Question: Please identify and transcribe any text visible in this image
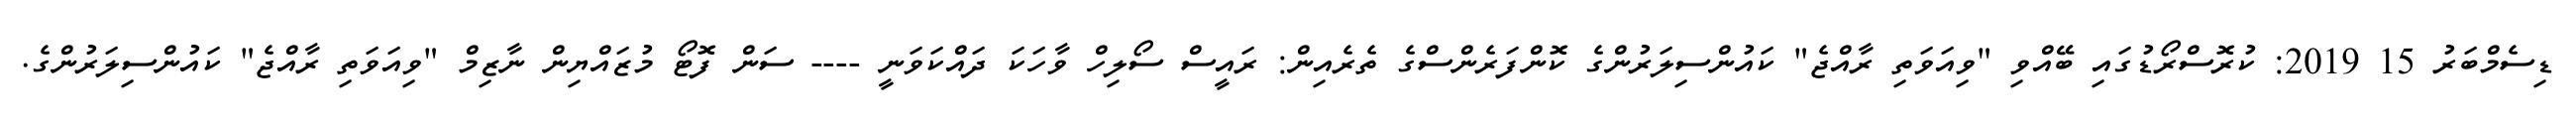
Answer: ޑިސެމްބަރު 15 2019: ކުރޮސްރޯޑުގައި ބޭއްވި "ވިއަވަތި ރާއްޖެ" ކައުންސިލަރުންގެ ކޮންފަރެންސްގެ ތެރެއިން: ރައީސް ސޯލިހް ވާހަކަ ދައްކަވަނީ ---- ސަން ފޮޓޯ މުޒައްޔިން ނާޒިމް "ވިއަވަތި ރާއްޖެ" ކައުންސިލަރުންގެ.